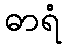
ဓာရံ